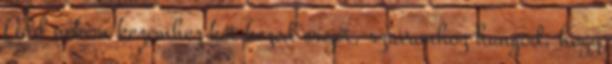
Add nekem kezemhez két kezed erejét, szavamhoz hangod, hogy